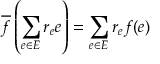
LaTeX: { \overline { { f } } } \left( \sum _ { e \in E } r _ { e } e \right) = \sum _ { e \in E } r _ { e } f ( e )